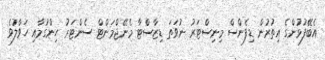
އެބޭފުޅުންގެ އިތުރުން ޑިފެންސް މިނިސްޓަރު ނުވަތަ ޑިޒާސްޓާ މެނޭޖްމަންޓް ސެންޓަރު ހިންގުމާއި ހަވާލުވެ